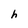
Character: h